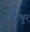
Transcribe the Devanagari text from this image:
मेरथुर